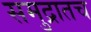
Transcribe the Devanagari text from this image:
समुद्रातच